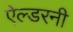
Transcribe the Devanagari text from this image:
ऐल्डरनी